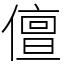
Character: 儃